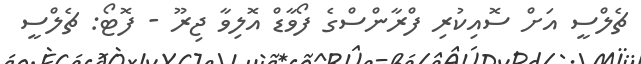
ޗެލްސީ އަށް ސޮއިކުރި ފްރާންސްގެ ފޯވާޑް އޮލިވާ ޖިރޫ - ފޮޓޯ: ޗެލްސީ